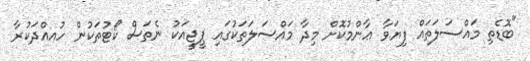
"ބޮޑެތި މައްސަލަތައް ފިޔަވާ ޢާންމުކޮށް މިދާ މައްސަލަތަކުގައި ޕީޖީއަކު ނެތަސް ކޯޓުތަކުން ހުއއްދަކުރާ